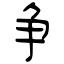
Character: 争